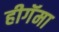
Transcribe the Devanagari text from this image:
हीगॅमा